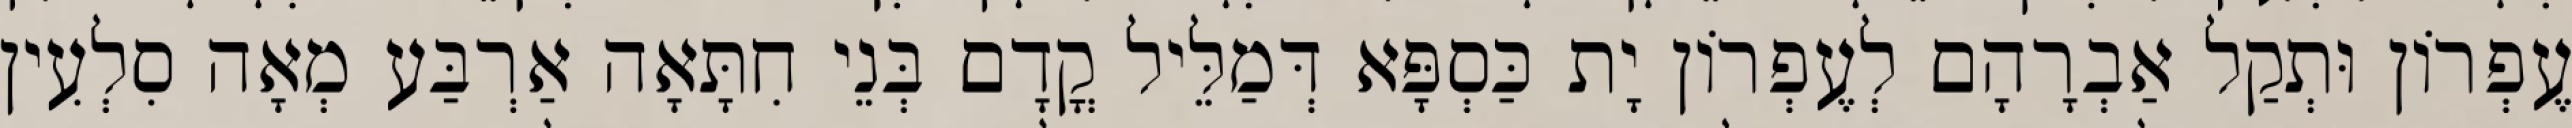
עֶפְרוֹן וּתְקַל אַבְרָהָם לְעֶפְרוֹן יָת כַּסְפָּא דְּמַלֵּיל קֳדָם בְּנֵי חִתָּאָה אַרְבַּע מְאָה סִלְעִין